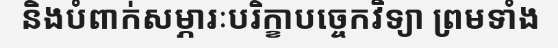
និងបំពាក់សម្ភារៈបរិក្ខាបច្ចេកវិទ្យា ព្រមទាំង